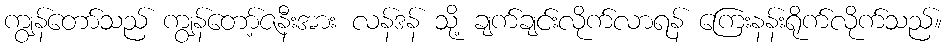
ကျွန်တော်သည် ကျွန်တော့်ဇနီးအား လန်ဒန် သို့ ချက်ချင်းလိုက်လာရန် ကြေးနန်းရိုက်လိုက်သည်။